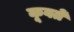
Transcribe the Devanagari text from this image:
कूवतें